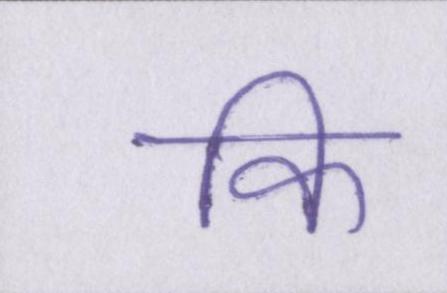
कि